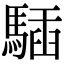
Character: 䮢